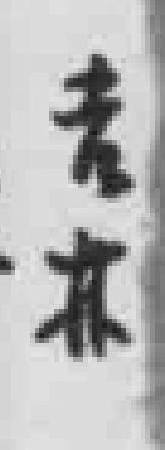
吉林